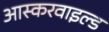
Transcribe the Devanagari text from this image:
आस्करवाइल्ड